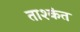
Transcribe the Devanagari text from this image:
ताश्कंत